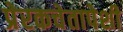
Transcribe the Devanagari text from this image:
प्रेरकचेतापेशी